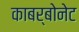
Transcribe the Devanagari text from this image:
काबर्बोनेट